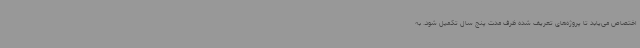
اختصاص می‌یابد تا پروژه‌های تعریف شده ظرف مدت پنج سال تکمیل شود. به